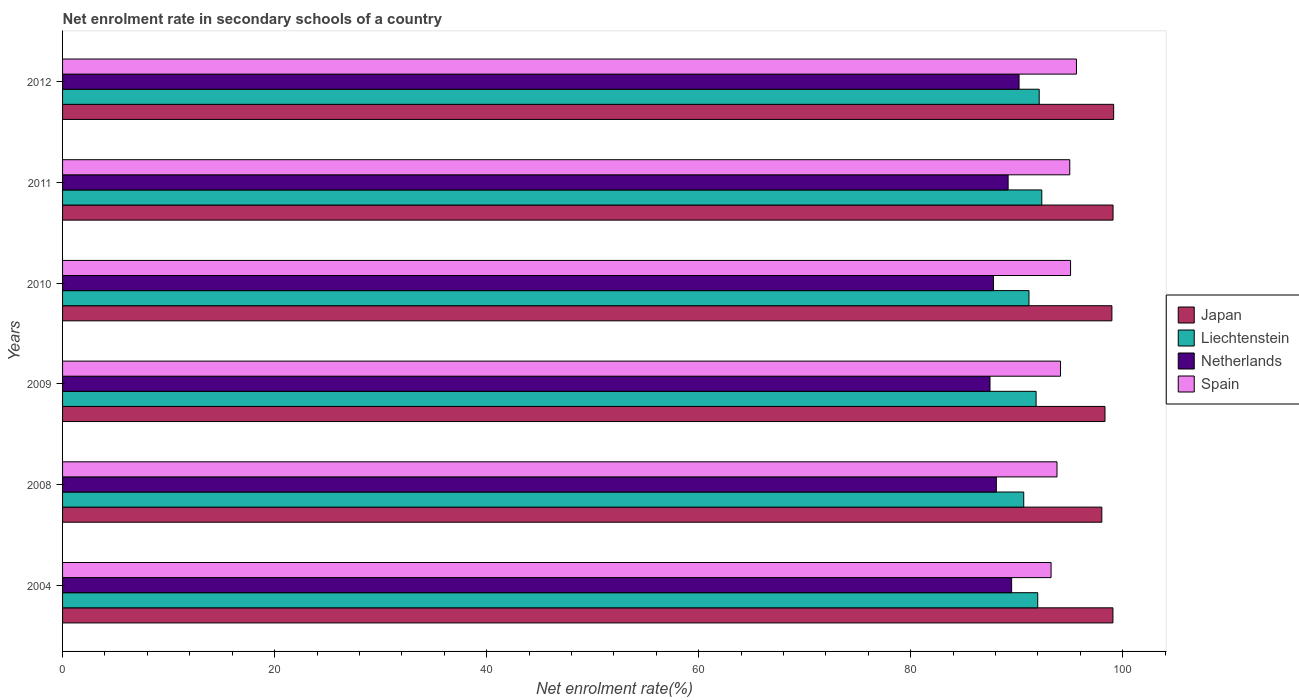
| Years | Japan | Liechtenstein | Netherlands | Spain |
 | --- | --- | --- | --- | --- |
 | 2004 | 99.1 | 92 | 89.5 | 93.2 |
 | 2008 | 98 | 90.7 | 88.1 | 93.8 |
 | 2009 | 98.3 | 91.8 | 87.5 | 94.1 |
 | 2010 | 99 | 91.2 | 87.8 | 95.1 |
 | 2011 | 99.1 | 92.4 | 89.2 | 95 |
 | 2012 | 99.1 | 92.1 | 90.2 | 95.6 |